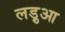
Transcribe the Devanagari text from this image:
लड़ुआ